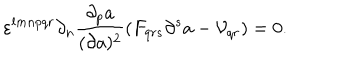
LaTeX: \varepsilon ^ { l m n p q r } \partial _ { n } { \frac { \partial _ { p } a } { ( \partial a ) ^ { 2 } } } ( F _ { q r s } \partial ^ { s } a - { \cal V } _ { q r } ) = 0 .